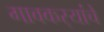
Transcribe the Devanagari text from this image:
गावकर्‍यांचे